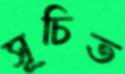
সূচিত